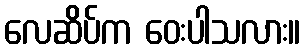
လေဆိပ်က ဝေးပါသလား။